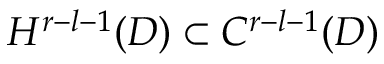
H ^ { r - l - 1 } ( D ) \subset C ^ { r - l - 1 } ( D )